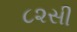
૮૨સી